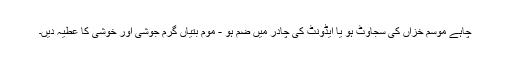
چاہے موسم خزاں کی سجاوٹ ہو یا ایڈونٹ کی چادر میں ضم ہو - موم بتیاں گرم جوشی اور خوشی کا عطیہ دیں۔